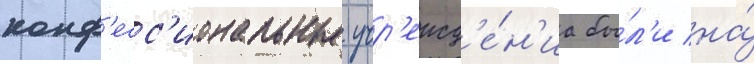
конф'есс'иональные учр'ежд'е́н'иа бы́л'и на́